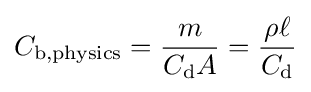
C_{\text{b,physics}}={\frac {m}{C_{\text{d}}A}}={\frac {\rho \ell }{C_{\text{d}}}}